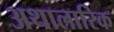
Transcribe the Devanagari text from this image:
अथालारिक